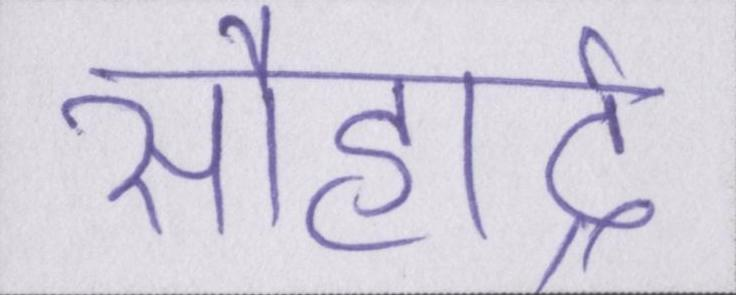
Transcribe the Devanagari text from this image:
सौहार्द्र